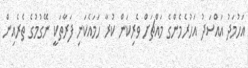
އަހުމަދު އައްސަދު އަހުރެމެންގެ މައްޗަށް ވެރިކަން ކުރާ ހަމައެކަނި ފަރާތަކީ ނޭގުމުގެ ތެރެއިން